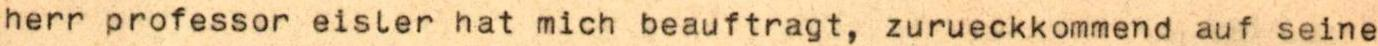
herr professor eisler hat mich beauftragt, zurueckkommend auf seine